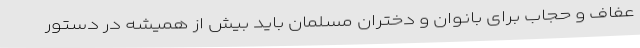
عفاف و حجاب برای بانوان و دختران مسلمان باید بیش از همیشه در دستور